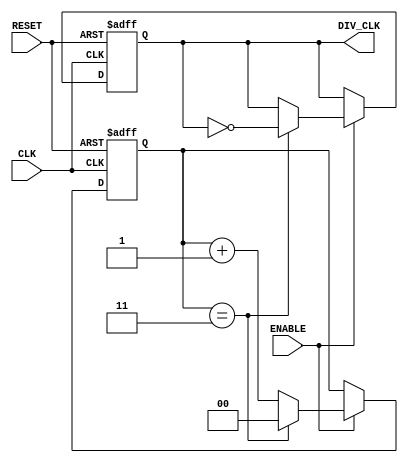
module frequency_divider_counter #(
    parameter M = 4  // Division factor (must be greater than 1)
)(
    input wire CLK,          // Input clock
    input wire RESET,        // Asynchronous reset
    input wire ENABLE,       // Enable signal
    output reg DIV_CLK       // Divided clock output
);

    // Calculate the number of bits needed for the counter
    localparam N = $clog2(M); // Number of bits required to count up to M-1
    reg [N-1:0] counter;       // Counter register

    // Asynchronous reset and counter logic
    always @(posedge CLK or posedge RESET) begin
        if (RESET) begin
            counter <= 0;      // Reset counter to 0
            DIV_CLK <= 0;      // Reset output clock
        end else if (ENABLE) begin
            if (counter == M-1) begin
                counter <= 0;   // Reset counter
                DIV_CLK <= ~DIV_CLK; // Toggle output clock
            end else begin
                counter <= counter + 1; // Increment counter
            end
        end
    end

endmodule